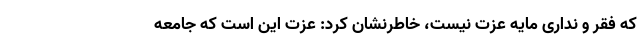
که فقر و نداری مایه عزت نیست، خاطرنشان کرد: عزت این است که جامعه